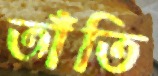
তাঁতি